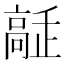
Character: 𩫔